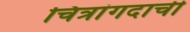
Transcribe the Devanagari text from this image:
चित्रांगदाची